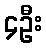
၄ဦး